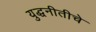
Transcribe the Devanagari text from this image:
युद्धनीतीचे